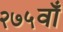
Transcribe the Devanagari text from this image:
२७५वाँ